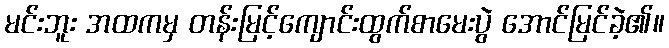
မင်းဘူး အထကမှ တန်းမြင့်ကျောင်းထွက်စာမေးပွဲ အောင်မြင်ခဲ့၏။